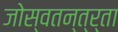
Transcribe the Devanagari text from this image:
जोस्वतन्त्र्ता